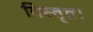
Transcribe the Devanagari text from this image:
विस्तृत।